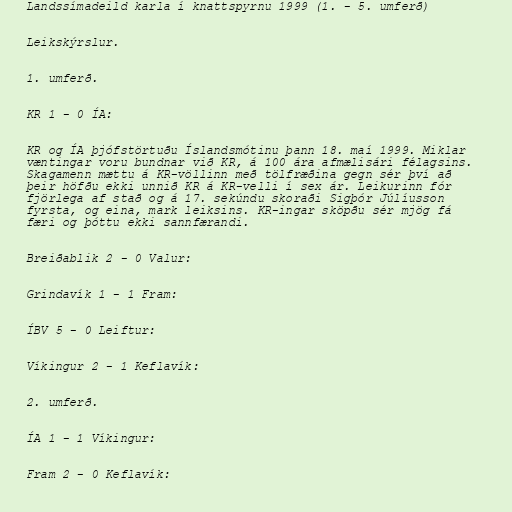
Landssímadeild karla í knattspyrnu 1999 (1. - 5. umferð)

Leikskýrslur.

1. umferð.

KR 1 - 0 ÍA:

KR og ÍA þjófstörtuðu Íslandsmótinu þann 18. maí 1999. Miklar
væntingar voru bundnar við KR, á 100 ára afmælisári félagsins.
Skagamenn mættu á KR-völlinn með tölfræðina gegn sér því að
þeir höfðu ekki unnið KR á KR-velli í sex ár. Leikurinn fór
fjörlega af stað og á 17. sekúndu skoraði Sigþór Júlíusson
fyrsta, og eina, mark leiksins. KR-ingar sköpðu sér mjög fá
færi og þóttu ekki sannfærandi.

Breiðablik 2 - 0 Valur:

Grindavík 1 - 1 Fram:

ÍBV 5 - 0 Leiftur:

Víkingur 2 - 1 Keflavík:

2. umferð.

ÍA 1 - 1 Víkingur:

Fram 2 - 0 Keflavík: